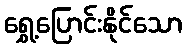
ရွှေ့ပြောင်းနိုင်သော